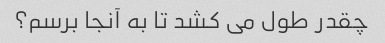
چقدر طول می کشد تا به آنجا برسم؟